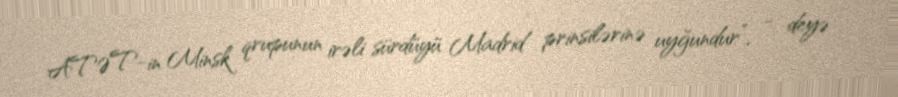
ATƏT-in Minsk qrupunun irəli sürdüyü Madrid prinsilərinə uyğundur”, - deyə